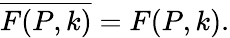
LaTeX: \overline{{{F(P,k)}}}=F(P,k).